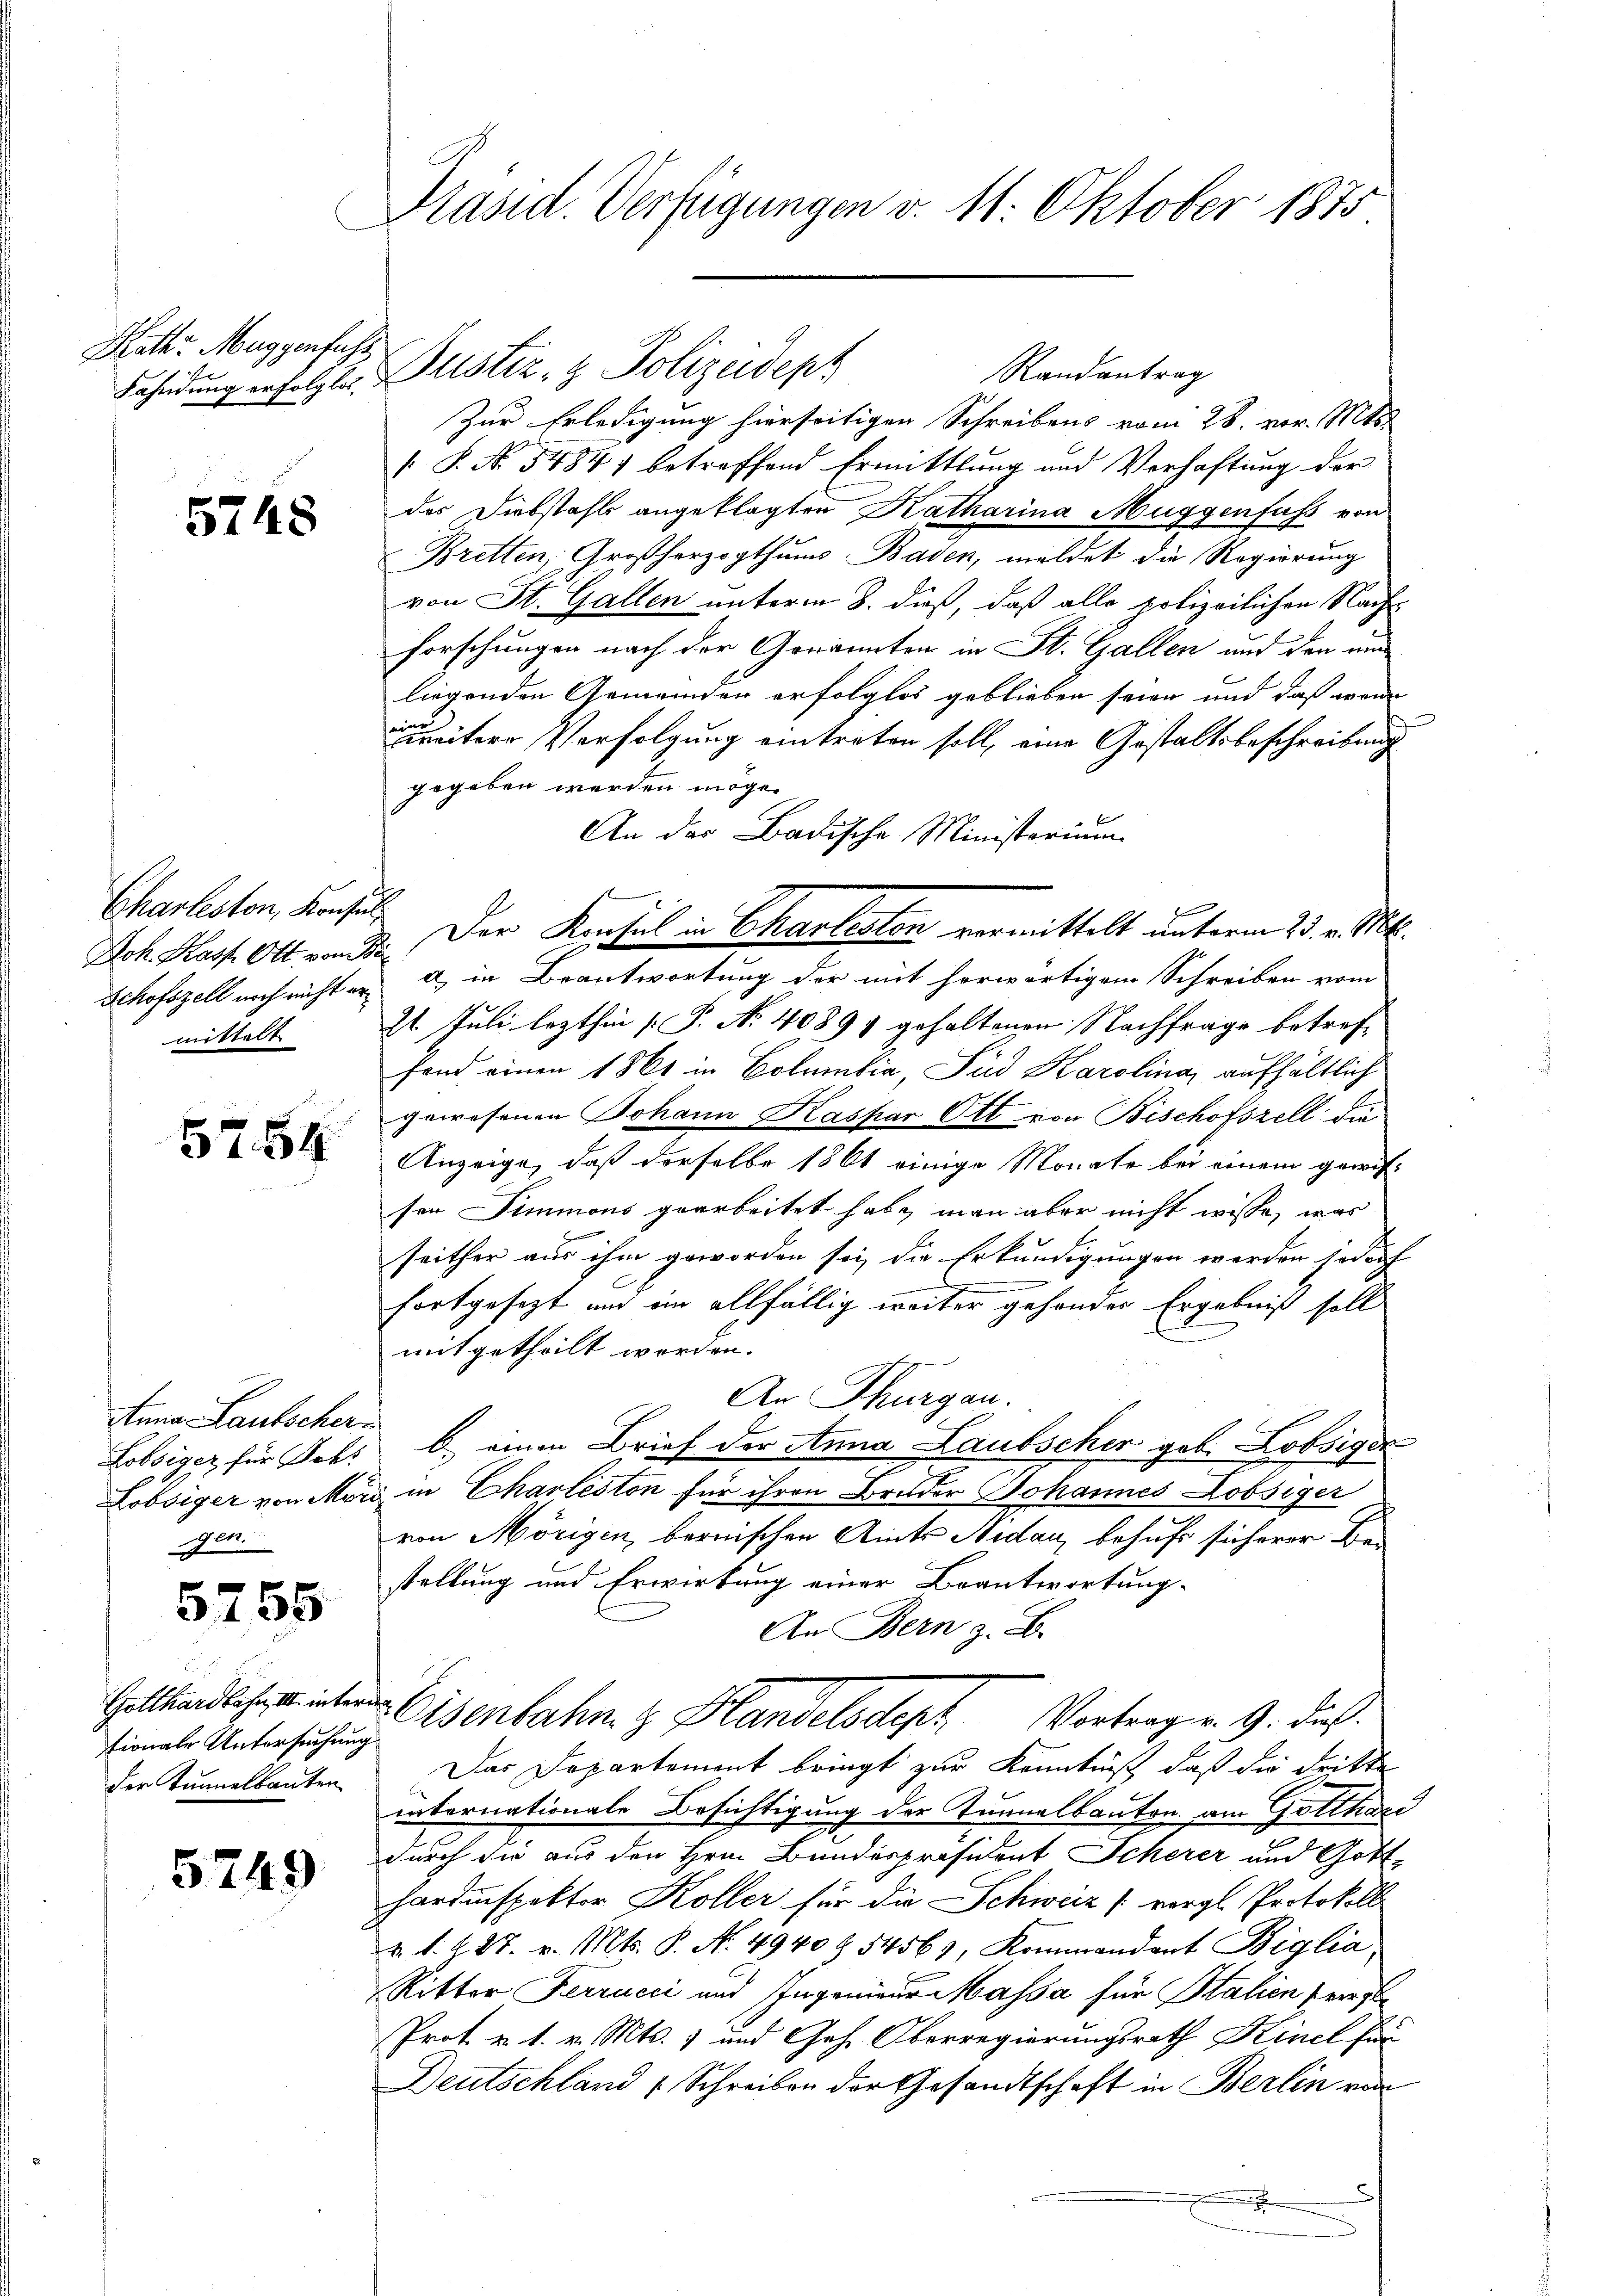
Rath Muggenfuhr
Fahndung erfolglos.

5748

Charleston, Konsin
oh. Kasp. Ott vom
Schofszell noch nicht ermittelt

5754

Anna Lautscher
Lobsiger für Sohl
Lobsiger von Mörgen.

5755

Gotthardbahn, III. intertionale Untersuchung
der Tunnelbauten

5749

Präsid. Verfügungen v. 11. Oktober 1875

Justiz- & Polizeidept
Randantrag

Zur Erledigung hierseitigen Schreibens vom 28. vor. Mts.
 P. No. 54847 betreffend Ermittlung und Verhaftung der
des Diebstahls angeklagten Katharina Muggenfuss von
Bretten, Großherzogthums Baden, meldet die Regierung
von St. Gallen unterm 8. dieß, daß alle polizeilichen Nachforschungen nach der Genannten in St. Gallen und den und
liegenden Gemeinden erfolglos geblieben seien und daß wenn
zweitere Verfolgung eintreten soll, eine Gestaltsbeschreibung
gegeben werden möge.
An das Badische Ministerium
 Der Konsul in Chartesten vermittelt unterm 23. v. Mt.
a) in Beantwortung der mit herwärtigem Schreiben vom
21. Juli lezthin [P. No 40891 gehaltenen Nachfrage betreffond einen 1861 in Columbia, Sind Karolina, aufhältlich
gewesenen Johann Kaspar Ott von Bischofszell die
Anzeige, daß derselbe 1861 einige Monate bei einem gewissen Simmons gearbeitet habe, man aber nicht wisse, was
seither aus ihm geworden sei, die Erkundigungen werden jedoch
fortgesezt und ein allfällig weiter gehonder Ergebniß soll
mitgetheilt worden.
An Thurgau.
b) einen Brief der Anna Laubscher geb. Lobsiger
in Charléston für ihren Bruder Johannes Lobsiger
von Mörigen, bernischen Amts Nidau, behufs sicherer Bestellung und Erwirkung einer Beantwortung-
An Bern z. B.
Eisenbahn z. Handelsdept Vortragen. 9. dieß.
Das Departement bringt zur Kenntniß, daß die dritte
internationale Besichtigung der Tunnelbauten am Gotthari
durch die aus den Hrn. Bundespräsident Scherer und Gott-
hardinspektor Koller für die Schweiz (vergl. Protokoll
&. s. Z. 27. v. Mts. P. N. 4940 Z. 54569, Kommandant Biglia
Ritter Ferrucci und Ingenieur Massa für Stalien erst
Prot u. 1. v. Mts. 1 und Geh. Oberregierungsrath Kinel für
Deutschland Schreiben der Gesandtschaft in Berlin von
.